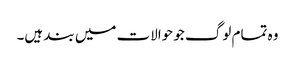
وہ تمام لوگ جو حوالات میں بند ہیں۔